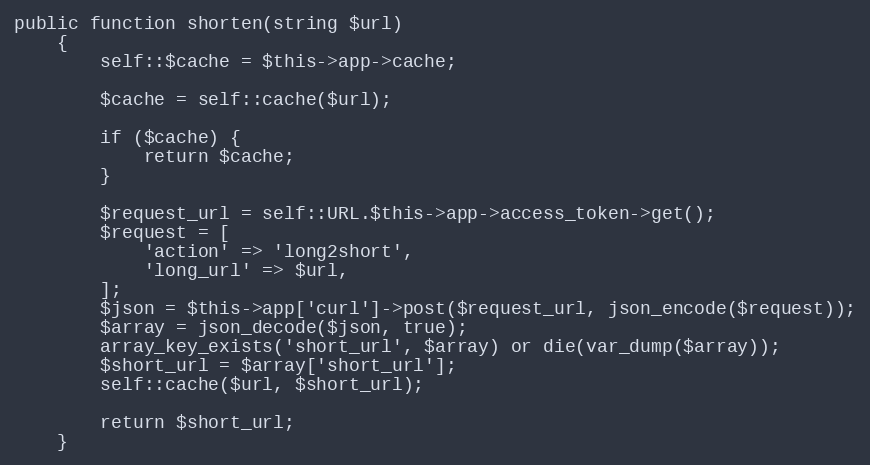
Language: PHP
public function shorten(string $url)
    {
        self::$cache = $this->app->cache;

        $cache = self::cache($url);

        if ($cache) {
            return $cache;
        }

        $request_url = self::URL.$this->app->access_token->get();
        $request = [
            'action' => 'long2short',
            'long_url' => $url,
        ];
        $json = $this->app['curl']->post($request_url, json_encode($request));
        $array = json_decode($json, true);
        array_key_exists('short_url', $array) or die(var_dump($array));
        $short_url = $array['short_url'];
        self::cache($url, $short_url);

        return $short_url;
    }